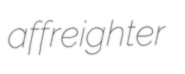
affreighter